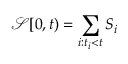
\mathcal { S } [ 0 , t ) = \sum _ { i : t _ { i } < t } S _ { i }